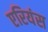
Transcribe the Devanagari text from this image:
एरियंस